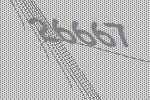
26667